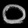
Digit: ၀